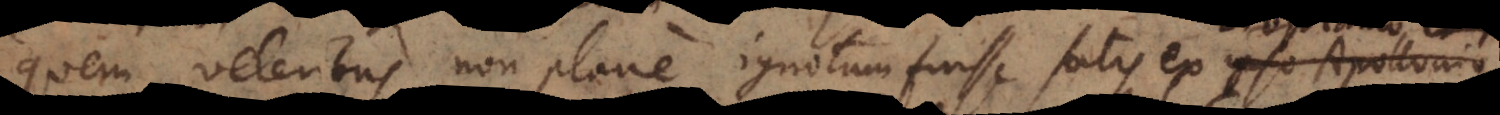
ribus non plane ignotum fuisse satis ex ipso Apollonio